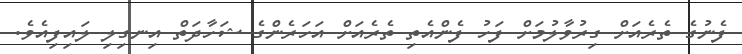
ފެނުގެ ތެރެއަށް ގިރުވާލުމަށް ފަހު ފެންއެތި ތެރެއަށް އަހަރެންގެ ޝަހާދަތް އިނގިލި ލައިފިއެވެ.